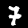
Label: 7